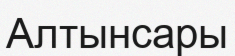
Алтынсары